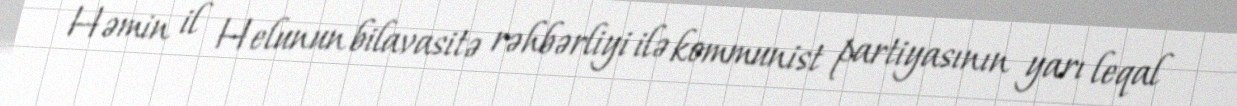
Həmin il Helunun bilavasitə rəhbərliyi ilə kommunist partiyasının yarı leqal